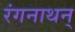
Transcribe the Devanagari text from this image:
रंगनाथन्‌